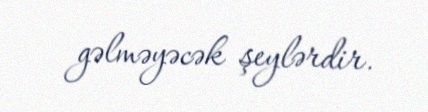
gəlməyəcək şeylərdir.